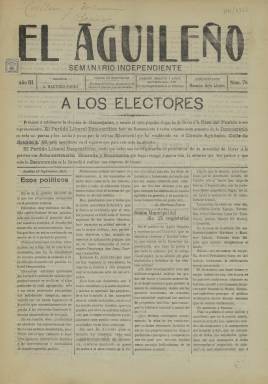
Título: El Aguileño (Águilas)
Colección: Periódicos
Ámbito geográfico: Murcia
Lugar de publicación: Águilas [Murcia]
Fechas: 19/09/1911-19/09/1911

Periódico local de Águilas (Murcia) que no debió tener larga vida y que da cuenta de la vitalidad de esta localidad durante el periodo de La Restauración, cuando tuvo una población de más de 15.000 habitantes y una numerosa colonia británica por el auge de la actividad minera.

  En el único número de este periódico que posee la BNE, de septiembre de 1911, se puede leer en la portada una llamada a los vecinos con motivo de unas elecciones municipales del partido liberal democrático, por lo que la publicación debió de ser el órgano de esta formación política en Águilas.

   Subtitulado semanario independiente, el periódico constaba de cuatro páginas, la última de ellas dedicada íntegramente a publicidad, lo que era corriente en estas publicaciones locales que se garantizaban así ingresos suficientes para seguir subsistiendo. Hubo una revista con la misma cabecera, editada entre 1912 y 1920, pero no parece que estuviera ligada a este periódico de partido.

  El Aguileño Incluía diversa información local, política y cultural, e incluso de sucesos. Es de destacar en el número que posee la BNE la noticia de la segunda página titulada ‘El crimen del 27 de agosto’, que refleja cómo la violencia estaba a flor de piel y cómo un hombre podía perder la vida a raíz de un encuentro iniciado de forma aparentemente amistosa.

[Descripción publicada el 17/08/2022]